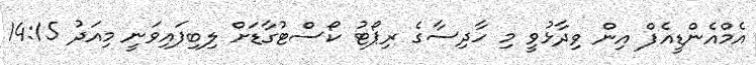
އެމްއެންޑީއެފް އިން ވިދާޅުވީ މި ހާދިސާގެ ރިޕޯޓު ކޯސްޓުގާޑަށް ލިބިފައިވަނީ މިއަދު 14:15